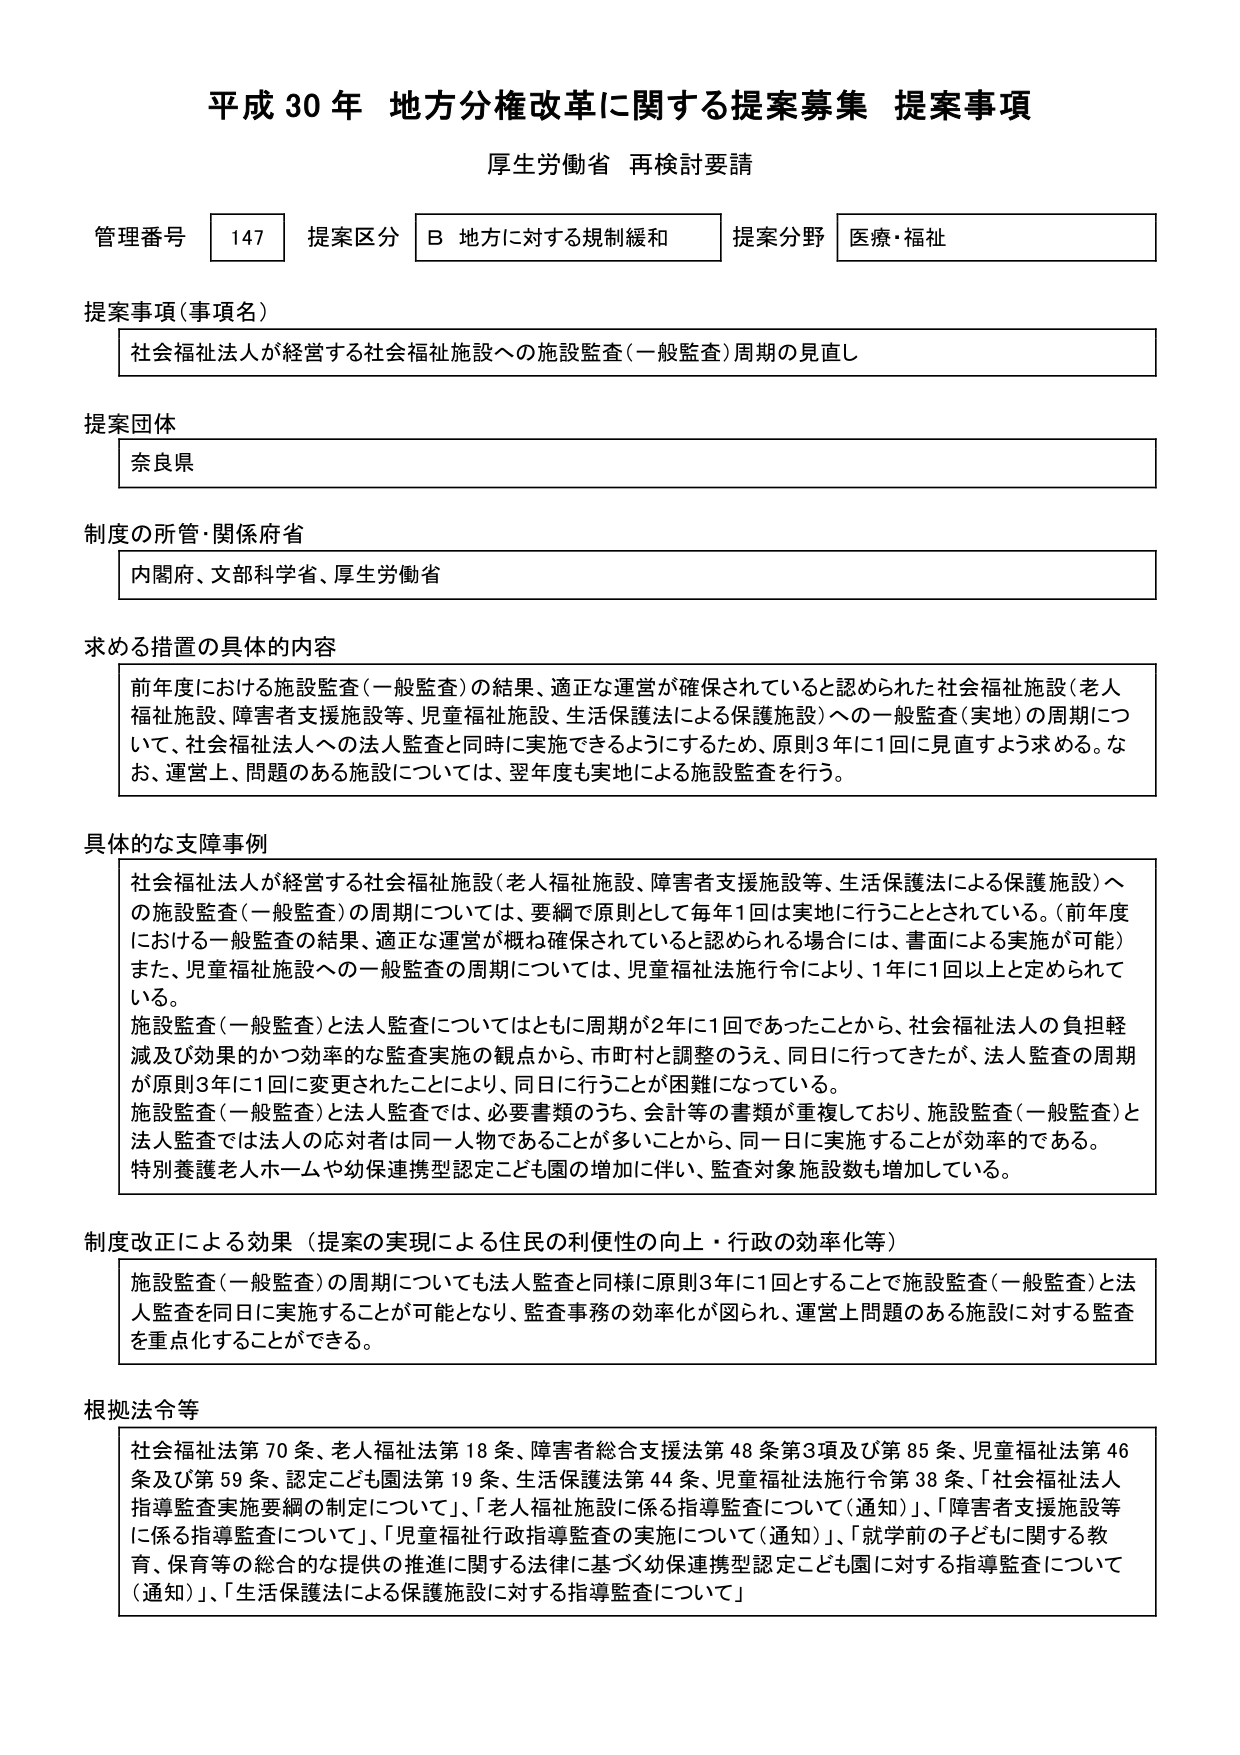
平成30年 地方分権改革に関する提案募集 提案事項
厚生労働省 再検討要請

管理番号 147 提案区分 B 地方に対する規制緩和 提案分野 医療・福祉

提案事項（事項名）
社会福祉法人が経営する社会福祉施設への施設監査（一般監査）周期の見直し

提案団体
奈良県

制度の所管・関係府省
内閣府、文部科学省、厚生労働省

求める措置の具体的内容
前年度における施設監査（一般監査）の結果、適正な運営が確保されていると認められた社会福祉施設（老人福祉施設、障害者支援施設等、児童福祉施設、生活保護法による保護施設）への一般監査（実地）の周期について、社会福祉法人への法人監査と同時に実施できるようにするため、原則3年に1回に見直すよう求める。なお、運営上、問題のある施設については、翌年度も実地による施設監査を行う。

具体的な支障事例
社会福祉法人が経営する社会福祉施設（老人福祉施設、障害者支援施設等、生活保護法による保護施設）への施設監査（一般監査）の周期については、要綱で原則として毎年1回は実地に行うこととされている。（前年度における一般監査の結果、適正な運営が概ね確保されていると認められる場合には、書面による実施が可能）また、児童福祉施設への一般監査の周期については、児童福祉法施行令により、1年に1回以上と定められている。
施設監査（一般監査）と法人監査についてはともに周期が2年に1回であったことから、社会福祉法人の負担軽減及び効果的かつ効率的な監査実施の観点から、市町村と調整のうえ、同日に行ってきたが、法人監査の周期が原則3年に1回に変更されたことにより、同日に行うことが困難になっている。
施設監査（一般監査）と法人監査では、必要書類のうち、会計等の書類が重複しており、施設監査（一般監査）と法人監査では法人の応対者は同一人物であることが多いことから、同一日に実施することが効率的である。
特別養護老人ホームや幼保連携型認定こども園の増加に伴い、監査対象施設数も増加している。

制度改正による効果（提案の実現による住民の利便性の向上・行政の効率化等）
施設監査（一般監査）の周期についても法人監査と同様に原則3年に1回とすることで施設監査（一般監査）と法人監査を同日に実施することが可能となり、監査事務の効率化が図られ、運営上問題のある施設に対する監査を重点化することができる。

根拠法令等
社会福祉法第70条、老人福祉法第18条、障害者総合支援法第48条第3項及び第85条、児童福祉法第46条及び第59条、認定こども園法第19条、生活保護法第44条、児童福祉法施行令第38条、「社会福祉法人指導監査実施要綱の制定について」、「老人福祉施設に係る指導監査について（通知）」、「障害者支援施設等に係る指導監査について」、「児童福祉行政指導監査の実施について（通知）」、「就学前の子どもに関する教育、保育等の総合的な提供の推進に関する法律に基づく幼保連携型認定こども園に対する指導監査について（通知）」、「生活保護法による保護施設に対する指導監査について」